Report on vaccination in Madras 1922-1929 - 1922-1929
Year: 1922
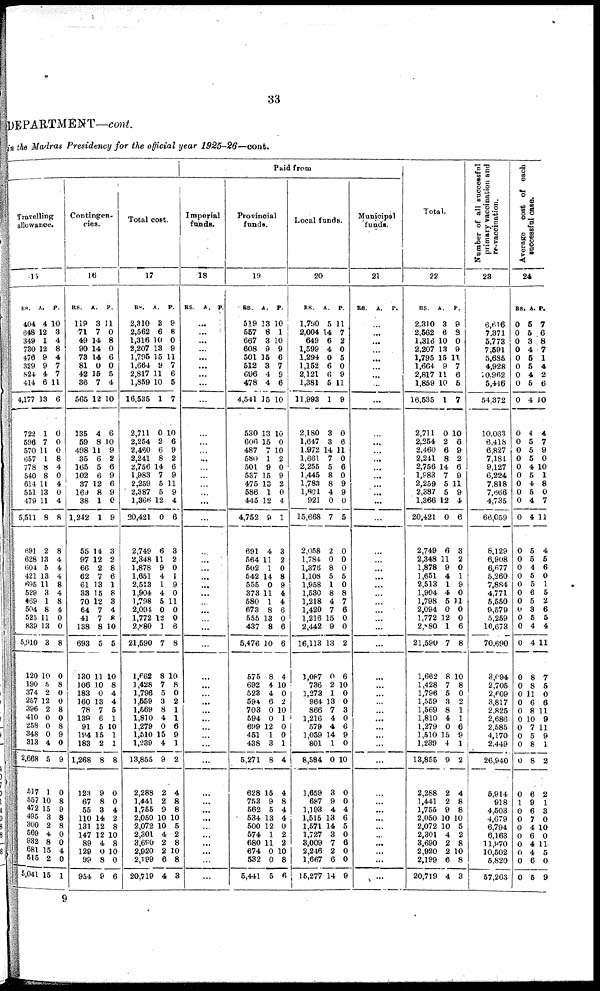
33
DEPARTMENT—cont.
in the Madras Presidency for the official year
1925-26—cont.
Paid from
Travelling
allowance.
15
RS.
404
648
349
730
476
329
824
414
4,177
722
596
570
657
778
540
614
551
479
5,511
69l
628
604
421
695
529
469
504
525
839
5,910
120
190
374
257
396
410
258
348
313
2,668
517
557
472
495
300
569
935
681
515
5,041
A.
4
12
1
12
9
9
4
6
13
1
7
11
1
8
8
11
13
11
8
2
13
5
13
11
3
1
8
11
13
3
10
5
2
12
2
0
0
0
4
5
1
10
15
3
2
4
8
15
2
15
P.
10
3
4
8
4
7
7
11
6
0
0
0
8
4
0
4
0
4
8
8
4
4
4
8
4
8
4
0
0
8
0
8
0
0
8
0
8
9
0
9
0
8
9
8
8
0
0
4
0
1
Contingen-
cies.
16
RS.
119
71
49
90
73
81
42
36
565
135
59
498
35
165
102
37
169
38
1,242
55
97
66
62
61
33
70
64
41
138
693
130
106
183
160
78
139
91
194
183
1,268
123
67
55
110
131
147
89
129
99
964
A.
3
7
14
14
14
0
15
7
12
4
8
11
6
5
6
12
8
1
1
14
12
2
7
13
15
12
7
7
8
5
11
10
0
13
7
6
5
15
2
8
9
8
8
14
12
12
4
0
8
9
P.
11
0
8
0
6
0
5
4
10
6
10
9
2
6
9
6
9
0
9
3
2
8
6
1
8
8
4
8
10
5
10
8
4
4
5
1
10
1
1
8
0
0
4
2
8
10
8
10
0
6
Total cost.
17
RS.
2,310
2,562
1,316
2,207
1,795
1,664
2,817
1,859
16,535
2,711
2,254
2,460
2,241
2,756
1,983
2,259
2,387
1,366
20,421
2,749
2,348
1,878
1,651
2,513
1,904
1,798
2,094
1,772
2,880
21,590
1,662
1,428
1,796
1,659
1,569
1,810
1,279
1,510
1,239
13,855
2,288
1,441
1,755
2,050
2,072
2,301
3,690
2,920
2,199
20,719
A.
8
6
10
13
15
9
11
10
1
0
2
6
8
14
7
5
5
12
0
6
11
9
4
1
4
5
0
12
1
7
8
7
5
3
8
4
0
15
4
9
2
2
9
10
10
4
2
2
6
4
P.
9
8
0
9
11
7
6
5
7
10
6
9
2
6
9
11
9
4
6
3
2
0
1
9
0
11
0
0
6
8
10
8
0
2
1
1
6
9
1
2
4
8
8
10
5
2
8
10
8
3
Imperial
funds.
18
RS. A. P.
...
...
...
...
...
...
...
...
...
...
...
...
...
...
...
...
...
...
...
...
...
...
...
...
...
...
...
...
...
...
...
...
...
...
...
...
...
...
...
...
...
...
...
...
...
...
...
...
...
...
Provincial
funds.
19
RS.
519
557
667
608
501
512
696
478
4,541
530
606
487
580
501
537
475
586
445
4,752
691
564
502
542
555
373
580
673
555
437
5,476
575
692
523
594
703
594
699
451
438
5,271
628
753
562
534
500
574
680
674
532
5,441
A.
13
8
3
9
15
3
4
4
15
13
15
7
1
9
15
13
1
12
9
4
11
1
14
0
11
1
8
13
8
10
8
4
4
6
0
0
12
1
3
8
15
9
5
13
12
1
11
0
0
5
P.
10
1
10
9
6
7
9
6
10
10
0
10
2
0
9
2
0
4
1
3
2
0
8
9
4
4
6
0
6
6
4
10
0
2
10
1
0
0
1
4
4
8
4
4
0
2
2
10
8
6
Local funds.
20
RS.
1,760
2,004
649
1,599
1,294
1,152
2,121
1,381
11,993
2,180
1,647
1,972
1,661
2,255
1,445
1,783
1,801
921
15,668
2,058
1,784
1,376
1,108
1,958
1,530
1,218
1,420
1,216
2,442
16,113
1,087
736
1,273
964
866
1,216
579
1,059
801
8,584
1,659
687
1,193
1,515
1,571
1,727
3,009
2,246
1,667
15,277
A.
5
14
6
4
0
6
6
5
1
3
3
14
7
5
8
8
4
0
7
2
0
8
5
1
8
4
7
15
9
13
0
2
1
13
7
4
4
14
1
0
3
9
4
13
14
3
7
2
6
14
P.
11
7
2
0
5
0
9
11
9
0
6
11
0
6
0
9
9
0
5
0
0
0
5
0
8
7
6
0
0
2
6
10
0
0
3
0
6
9
0
10
0
0
4
6
5
0
6
0
0
9
Municipal
funds.
21
RS.
A.
P.
...
...
...
...
...
...
...
...
...
...
...
...
...
...
...
...
...
...
...
...
...
...
...
...
...
...
...
...
...
...
...
...
...
...
...
...
...
...
...
...
...
...
...
...
...
...
...
...
...
...
Total.
22
RS.
2,310
2,562
1,316
2,207
1,795
1,664
2,817
1,859
16,535
2,711
2,254
2,460
2,241
2,756
1,983
2,259
2,387
1,366
20,421
2,749
2,348
1,878
1,651
2,513
1,904
1,798
2,094
1,772
2,080
21,590
1,662
1,428
1,796
1,559
1,569
1,810
1,279
1,510
1,239
13,855
2,288
1,441
1,755
2,050
2,072
2,301
3,690
2,920
2,199
20,719
A.
3
6
10
13
15
9
11
10
1
0
2
6
8
14
7
5
5
12
0
6
11
9
4
1
4
5
0
12
1
7
8
7
5
3
8
4
0
15
4
9
2
2
9
10
10
4
2
2
6
4
P.
9
8
0
9
11
7
6
5
7
10
6
9
2
6
9
11
9
4
6
3
2
0
1
9
0
11
0
0
6
8
10
8
0
2
1
1
6
9
1
2
4
8
8
10
5
2
8
10
8
3
Number of all successful
primary vaccination and
re-vaccination.
23
6,616
7,371
5,773
7,591
5,685
4,928
10,962
5,446
54,372
10,063
6,418
6,827
7,181
9,127
6,224
7,818
7,666
4,735
66,059
8,129
6,908
6,677
5,260
7,884
4,771
5,550
9,579
5,259
10,673
70,690
3,094
2,705
2,609
3,817
2,825
2,686
2,585
4,170
2,449
26,940
5,914
918
4,503
4,679
6,794
6,163
11,970
10,502
5,820
57,263
Average cost of each
successful case.
24
RS
0
0
0
0
0
0
0
0
0
0
0
0
0
0
0
0
0
0
0
0
0
0
0
0
0
0
0
0
0
0
0
0
0
0
0
0
0
0
0
0
0
1
0
0
0
0
0
0
0
0
A.
5
5
3
4
5
5
4
5
4
4
5
5
5
4
5
4
5
4
4
5
5
4
5
5
6
5
3
5
4
4
8
8
11
6
8
10
7
5
8
8
6
9
6
7
4
6
4
4
6
5
P.
7
6
8
7
1
4
2
6
10
4
7
9
0
10
1
8
0
7
11
4
5
6
0
1
5
2
6
5
4
11
7
5
0
6
11
9
11
9
1
2
2
1
3
0
10
0
11
5
0
9
9